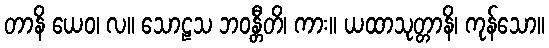
တာနိ ယေဝ၊ လ။ သောဠသ ဘဝန္တီတိ၊ ကား။ ယထာသုတ္တာနိ၊ ကုန်သော။